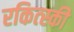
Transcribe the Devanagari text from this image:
रकित्स्की